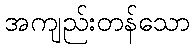
အကျည်းတန်သော